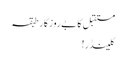
مستقبل کا بےروزگار طبقہ
کلینڈر!